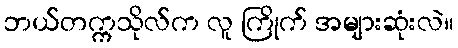
ဘယ်တက္ကသိုလ်က လူ ကြိုက် အများဆုံးလဲ။